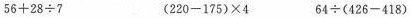
56+28 \div 7 (220-175) \times 4 64 \div (426-418)